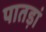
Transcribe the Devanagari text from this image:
पातड़ां